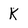
Character: K